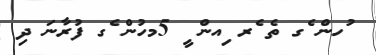
ުހން ެގ ތެ ެރ ިއން ީ 5މހުން ެގ ފުރާނަ ދި